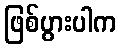
ဖြစ်ပွားပါက